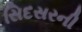
સિદસરની